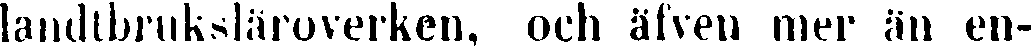
landtbruksläroverken, och äfven mer än en-